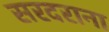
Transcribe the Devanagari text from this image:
सरदराना